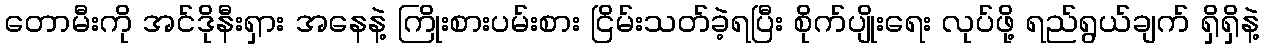
တောမီးကို အင်ဒိုနီးရှား အနေနဲ့ ကြိုးစားပမ်းစား ငြိမ်းသတ်ခဲ့ရပြီး စိုက်ပျိုးရေး လုပ်ဖို့ ရည်ရွယ်ချက် ရှိရှိနဲ့